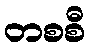
တစစီ